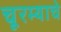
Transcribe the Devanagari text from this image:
चूरम्याचे